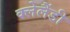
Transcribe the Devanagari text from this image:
क्लेलैंडी